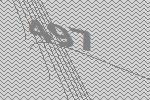
497